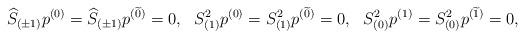
LaTeX: \begin{align*}\widehat{S}_{(\pm 1)}p^{( 0)}=\widehat{S}_{(\pm1)}p^{(\widetilde{0})}=0 ,~~S_{(1)}^2 p^{(0)}=S_{(1)}^2p^{(\widetilde{0})}=0 ,~~S_{(0)}^2 p^{(1)}=S_{(0)}^2p^{(\widetilde{1})}=0 ,\end{align*}